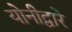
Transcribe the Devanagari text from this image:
योनीद्वारे